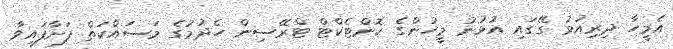
އެމީހާ ދިރިއުޅު ގޭގައި އުޅުނު މީހުންގެ ކޮންޓެކްޓް ޓްރޭސިން ހެދުމުގެ މަސައްކަތް ފަށާފައިވާ